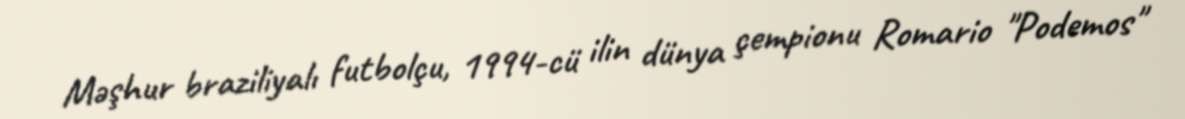
Məşhur braziliyalı futbolçu, 1994-cü ilin dünya çempionu Romario "Podemos"